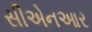
સીએનઆર